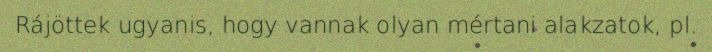
Rájöttek ugyanis, hogy vannak olyan mértani alakzatok, pl.